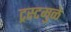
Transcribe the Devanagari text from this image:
ट्रस्टमुळे